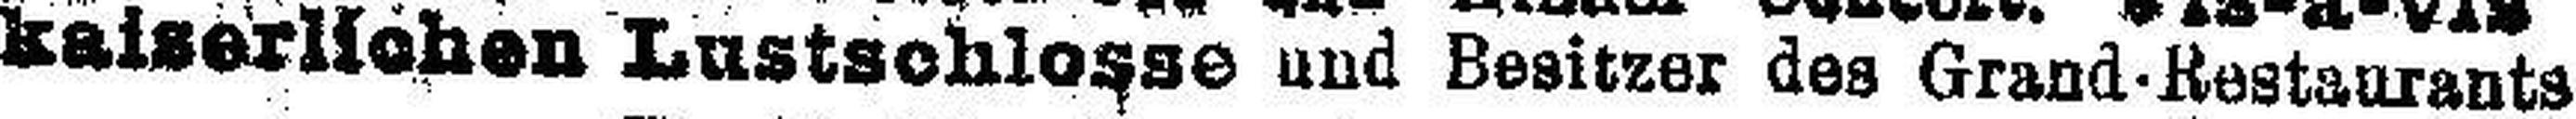
kaiserlichen Lustschlosse und Besitzer des Grand-Restaurants